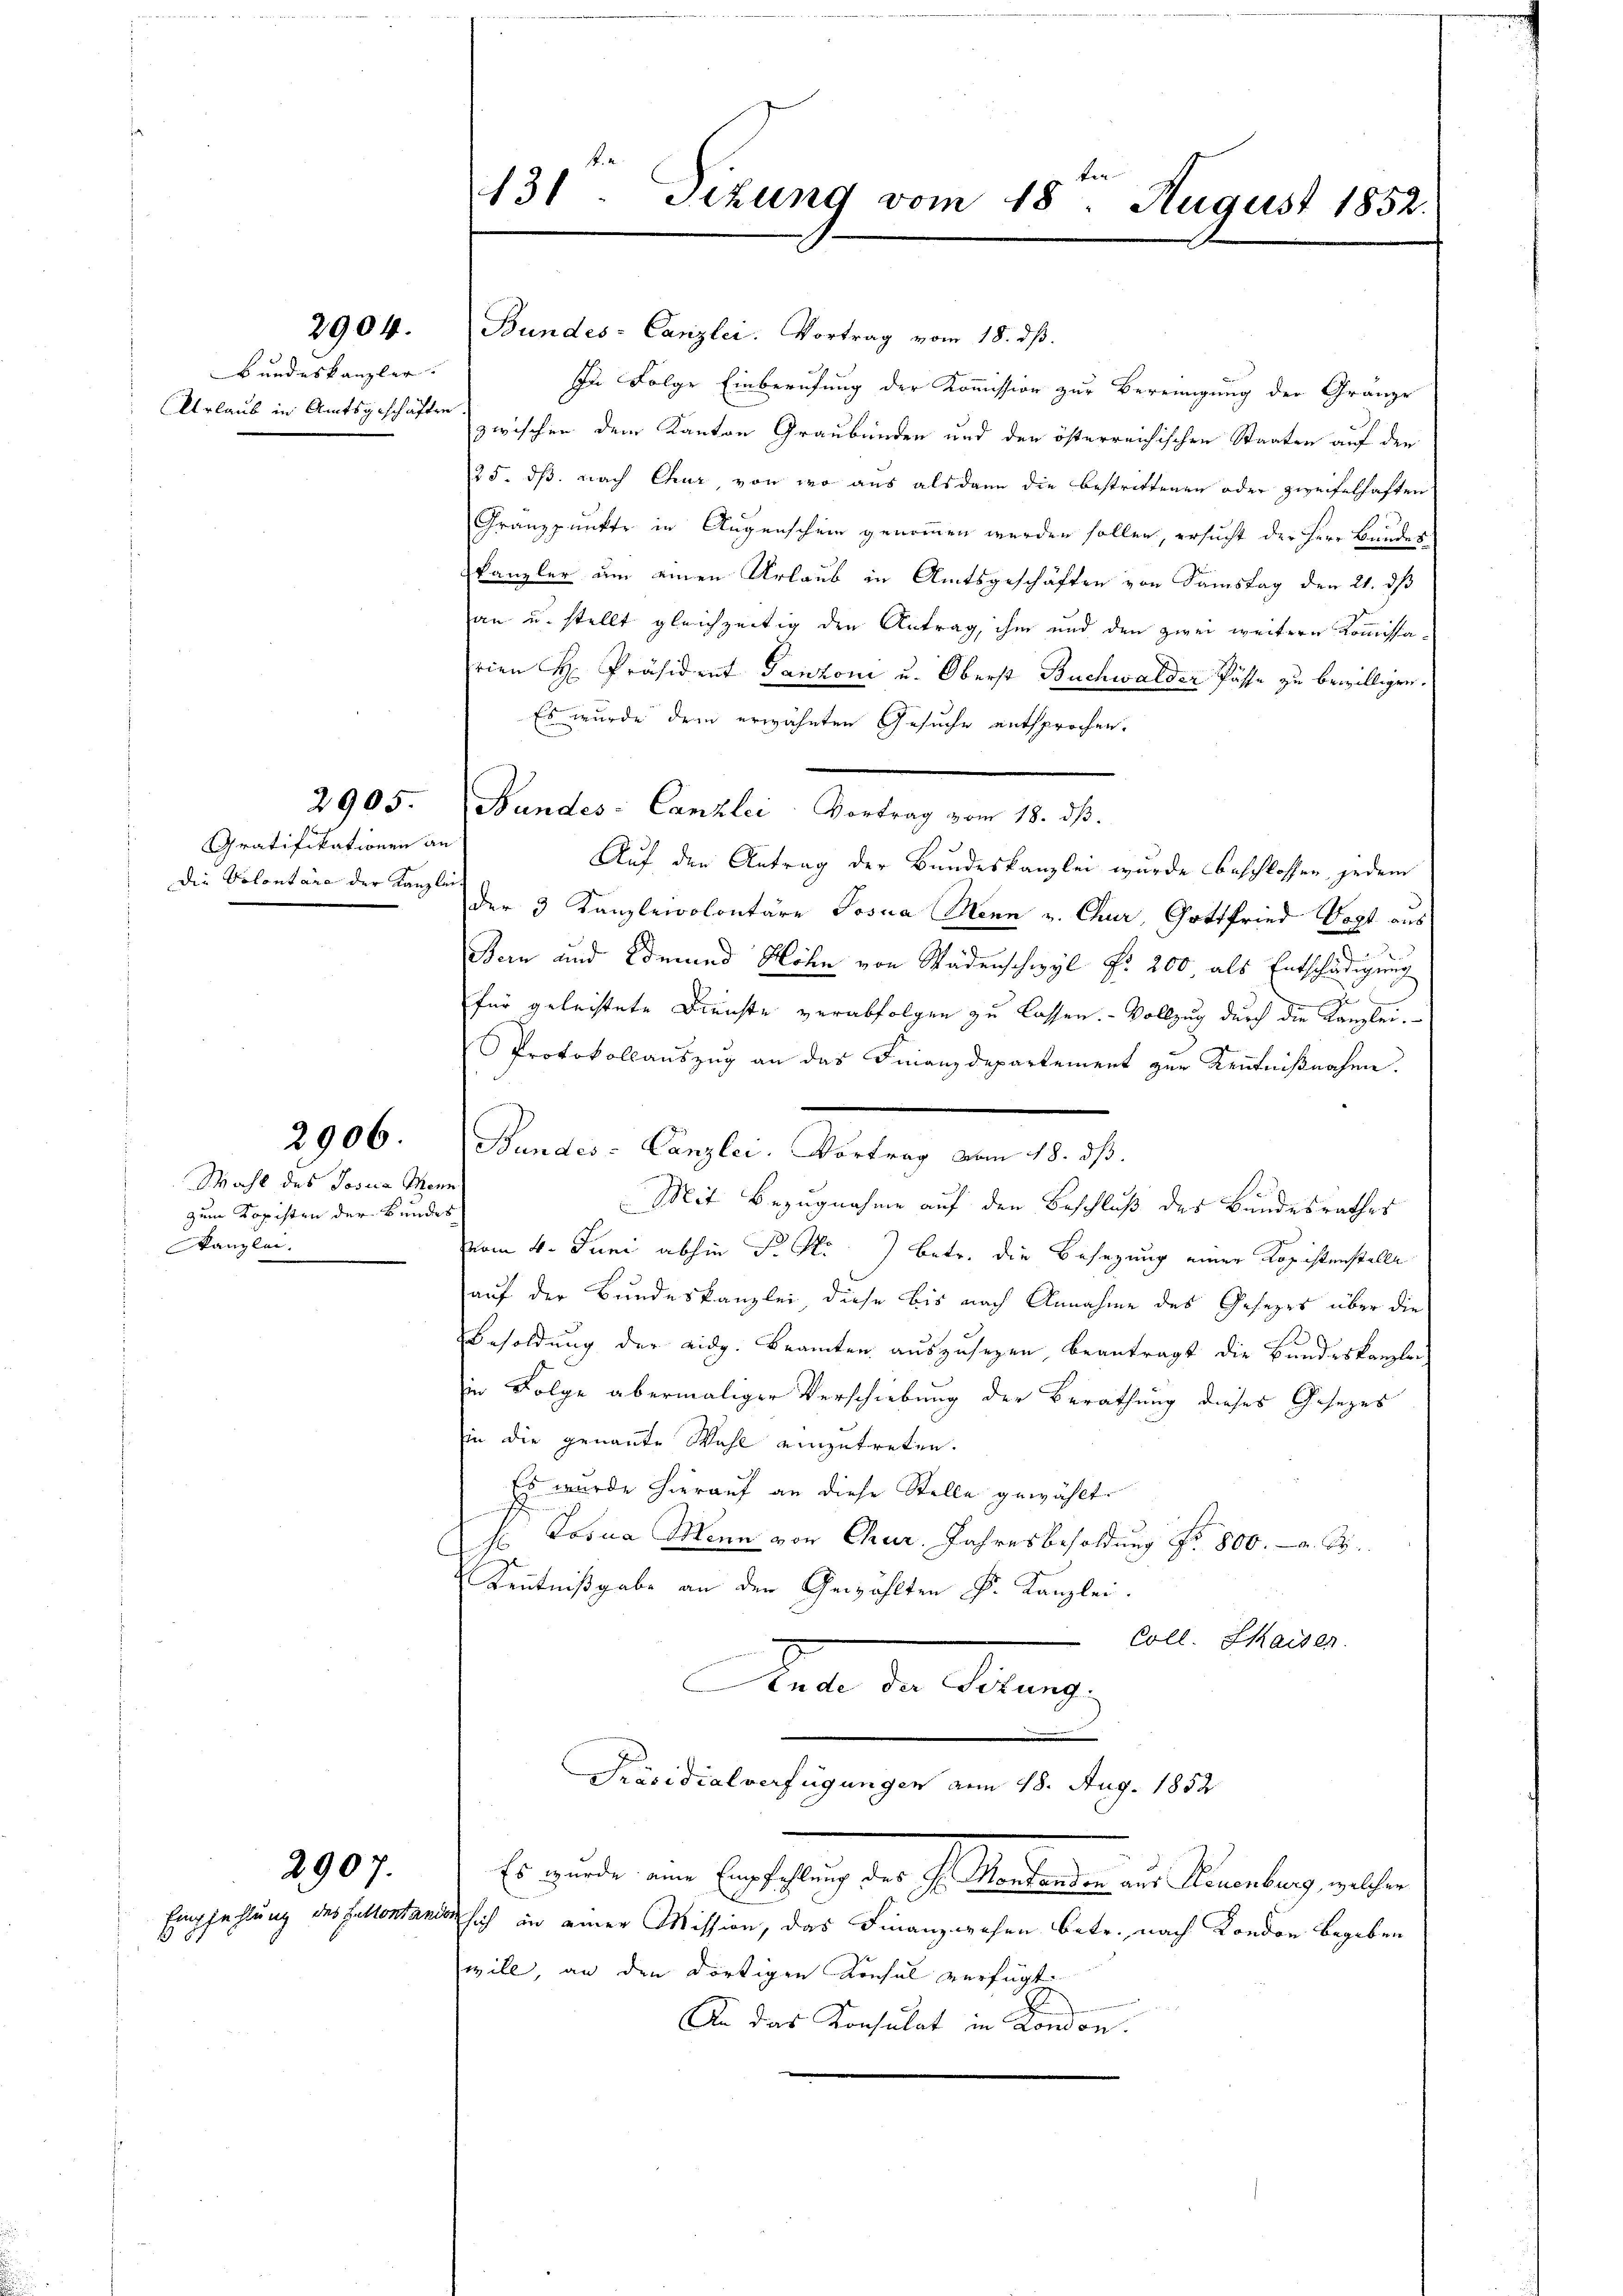
1437

Bundeskanzler. |
Urlaub in Amtsgeschäften.

Gratifikationen an
die Volontäre der Kanzlei-

Wahl des Josia Menn
zum Kopisten der Bundes
Kanzlei.

2907.

2904. (Bundes-Canzlei. Vortrag vom 18. ds.
In Folge Einberufung der Kommission zur Bereinigung der Gränze
zwischen dem Kanton Graubünden und der österreichischen Staaten auf der
25. dß. nach Chur, von wo aus alsdann die bestrittenen oder zweifelhaften
Granzpunkter in Augenschein genommen werden sollen, ersucht der Herr Bundeskanzler um einen Urlaub in Amtsgeschäften von Samstag den 21. dß
an u. stellt gleichzeitig den Antrag, ihm und den zwei weitere Kommissa-
rien H. Präsident Ganzoni u. Oberst Buchwalder Pässe zu bewilligen.
Es wurde dem erwähnten Gesuche entsprochen.
2905. Bundes: Canzlei- Vortrag vom 18. dβ.
Auf den Antrag der Bundeskanzlei wurde beschlossen, jedem
der 3 Kanzleipolontäre Josia Mann u. Chur, Gottfried Vogt aus
.
Bern und Edmund Mohn von Wädenschwyl f. 200, als Entschädigung
für geleistete Dienste verabfolgen zu lassen. - Vollzug durch die Kanzlei-
Protokollauszug an das Finanzdepartement zur Kenntnißnahme.
2906. Bundes-Canzlei. Vortrag vom 18. dβ.
Mit Bezugnahme auf den Beschluß des Bundesrathes
vom 4. Juni abhin P. M. betr. die Besetzung einer Kopistenstelle
auf der Bundeskanzlei, diese bis nach Annahme des Gesezes über die
R.
Besoldung der eidg. Beamten auszusehen, beantragt die Bundeskanzlei-
in Folge abermaliger Verschiebung der Berathung dieses Gesezes
sin die genannte Wahl einzutreten.
Es wurde hierauf an diese Stelle gewählt.
h Josia Mein von Chur. Jahresbesoldung Nr. 800.- a. S.
Kenntnißgabe an den Gewählten Dr. Kanzlei.
Coll. Maiser.
ber den Betreng
Präsidialverfügungen am 18. Aug. 1852
Es wurde ein Erschweig der h. Gendangen in eingelang darsten
Empfehlung des Hultestanden sich in einer Mission, das Finanzwesen betr. nach Kondon begeben
will, an den dortigen Konsul verfügt
An das Konsulat in London.

431. Sizung vom 18. August 1852.